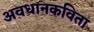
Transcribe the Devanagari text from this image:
अवधानकविता